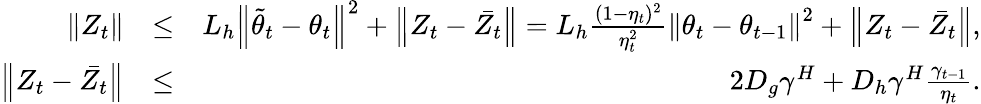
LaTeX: \begin{array}{rlr}{\left\| Z_{t}\right\| }&{\leq}&{L_{h}\left\| \tilde{\theta}_{t}-\theta_{t}\right\| ^{2}+\left\| Z_{t}-\bar{Z_{t}}\right\| =L_{h}\frac{(1-\eta_{t})^{2}}{\eta_{t}^{2}}\left\| \theta_{t}-\theta_{t-1}\right\| ^{2}+\left\| Z_{t}-\bar{Z_{t}}\right\| ,}\\ {\left\| Z_{t}-\bar{Z_{t}}\right\| }&{\leq}&{2D_{g}\gamma^{H}+D_{h}\gamma^{H}\frac{\gamma_{t-1}}{\eta_{t}}.}\end{array}